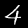
Label: 4